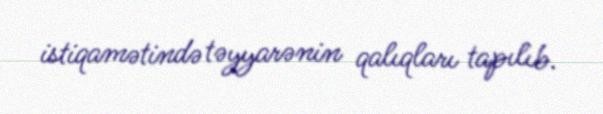
istiqamətində təyyarənin qalıqları tapılıb.